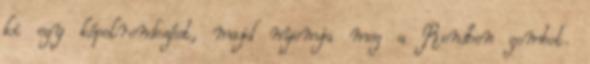
ki egy képelrendezést, majd nyomja meg a Rendben gombot.